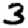
Digit: 3